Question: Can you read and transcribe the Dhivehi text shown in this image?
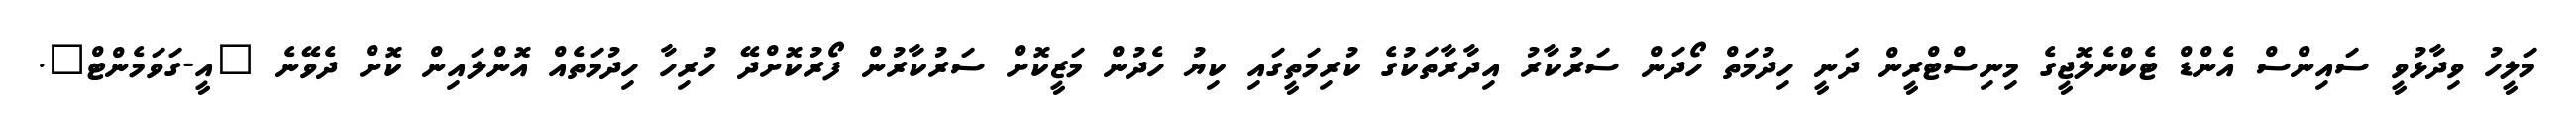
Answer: މަލީހު ވިދާޅުވީ ސައިންސް އެންޑް ޓެކްނެލޮޖީގެ މިނިސްޓްރީން ދަނީ ހިދުމަތް ހޯދަން ސަރުކާރު އިދާރާތަކުގެ ކުރިމަތީގައި ކިޔު ހެދުން މަޒީކޮށް ސަރުކާރުން ފޯރުކޮށްދޭ ހުރިހާ ހިދުމަތެއް އޮންލައިން ކޮށް ދެވޭނެ "އީ-ގަވަމެންޓް".